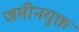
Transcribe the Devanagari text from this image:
जमीनयुक्त